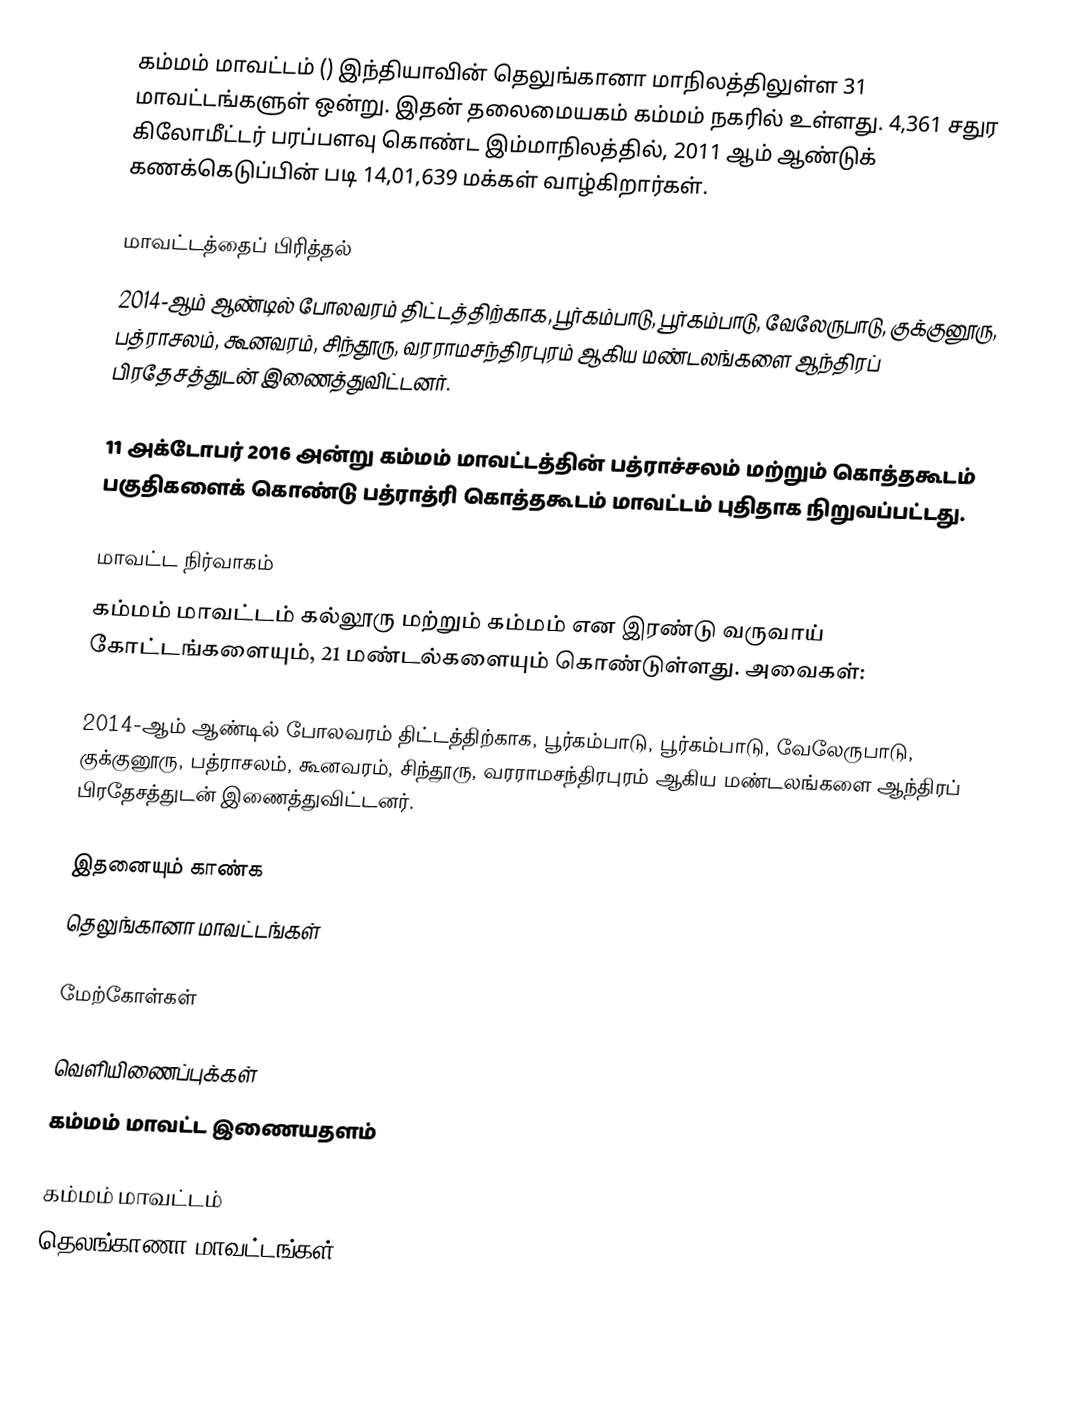
கம்மம் மாவட்டம் () இந்தியாவின் தெலுங்கானா மாநிலத்திலுள்ள 31 மாவட்டங்களுள் ஒன்று. இதன் தலைமையகம் கம்மம் நகரில் உள்ளது. 4,361 சதுர கிலோமீட்டர் பரப்பளவு கொண்ட இம்மாநிலத்தில், 2011 ஆம் ஆண்டுக் கணக்கெடுப்பின் படி 14,01,639 மக்கள் வாழ்கிறார்கள்.

மாவட்டத்தைப் பிரித்தல்
2014-ஆம் ஆண்டில் போலவரம் திட்டத்திற்காக, பூர்கம்பாடு, பூர்கம்பாடு,  வேலேருபாடு, குக்குனூரு, பத்ராசலம், கூனவரம், சிந்தூரு, வரராமசந்திரபுரம் ஆகிய மண்டலங்களை ஆந்திரப் பிரதேசத்துடன் இணைத்துவிட்டனர்.

11 அக்டோபர் 2016 அன்று கம்மம் மாவட்டத்தின் பத்ராச்சலம் மற்றும் கொத்தகூடம் பகுதிகளைக் கொண்டு பத்ராத்ரி கொத்தகூடம் மாவட்டம் புதிதாக நிறுவப்பட்டது.

மாவட்ட நிர்வாகம்
கம்மம் மாவட்டம் கல்லூரு மற்றும் கம்மம் என இரண்டு வருவாய் கோட்டங்களையும், 21 மண்டல்களையும் கொண்டுள்ளது. அவைகள்:

2014-ஆம் ஆண்டில் போலவரம் திட்டத்திற்காக, பூர்கம்பாடு, பூர்கம்பாடு, வேலேருபாடு, குக்குனூரு, பத்ராசலம், கூனவரம், சிந்தூரு, வரராமசந்திரபுரம் ஆகிய மண்டலங்களை ஆந்திரப் பிரதேசத்துடன் இணைத்துவிட்டனர்.

இதனையும் காண்க
 தெலுங்கானா மாவட்டங்கள்

மேற்கோள்கள்

வெளியிணைப்புக்கள்
கம்மம் மாவட்ட இணையதளம்

கம்மம் மாவட்டம்
தெலங்காணா மாவட்டங்கள்